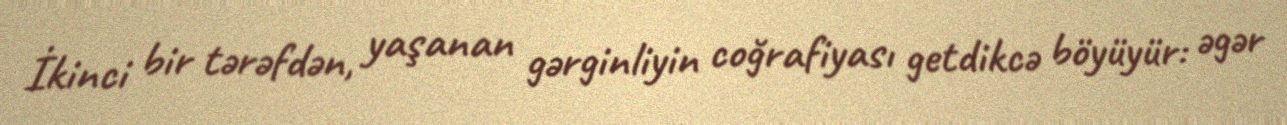
İkinci bir tərəfdən, yaşanan gərginliyin coğrafiyası getdikcə böyüyür: əgər